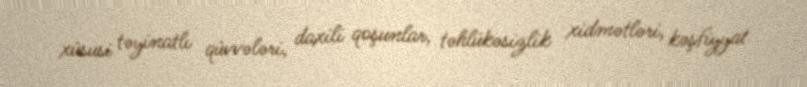
xüsusi təyinatlı qüvvələri, daxili qoşunlar, təhlükəsizlik xidmətləri, kəşfiyyat